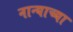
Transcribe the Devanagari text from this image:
नान्याच्या